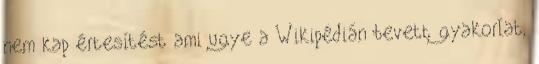
nem kap értesítést ami ugye a Wikipédián bevett gyakorlat,